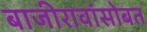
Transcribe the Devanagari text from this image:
बाजीरावांसोबत